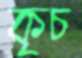
কৃচ